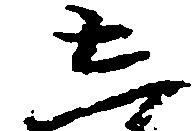
し